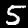
Digit: 5